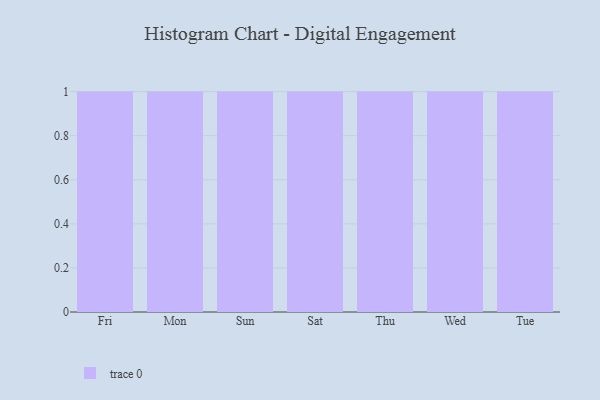
{"axis": {"x": "Day", "y": "Market Share (%)"}, "legend": [""], "data": [{"x": "Fri", "y": 80, "type": ""}, {"x": "Mon", "y": 80, "type": ""}, {"x": "Sun", "y": 38, "type": ""}, {"x": "Sat", "y": 15, "type": ""}, {"x": "Thu", "y": 77, "type": ""}, {"x": "Wed", "y": 81, "type": ""}, {"x": "Tue", "y": 89, "type": ""}]}